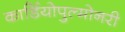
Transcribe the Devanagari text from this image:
कार्डियोपुल्मोनरी